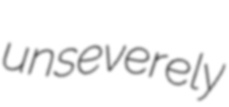
unseverely